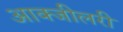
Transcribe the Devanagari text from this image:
आक्जीलरी